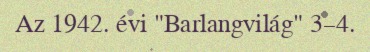
Az 1942. évi "Barlangvilág" 3–4.